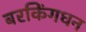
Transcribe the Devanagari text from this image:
बरकिंगधन